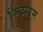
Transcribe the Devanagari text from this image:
किटाउम